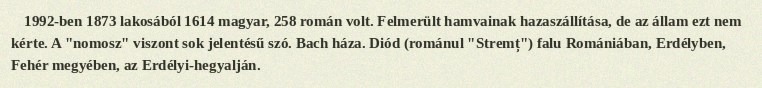
1992-ben 1873 lakosából 1614 magyar, 258 román volt. Felmerült hamvainak hazaszállítása, de az állam ezt nem kérte. A "nomosz" viszont sok jelentésű szó. Bach háza. Diód (románul "Stremț") falu Romániában, Erdélyben, Fehér megyében, az Erdélyi-hegyalján.